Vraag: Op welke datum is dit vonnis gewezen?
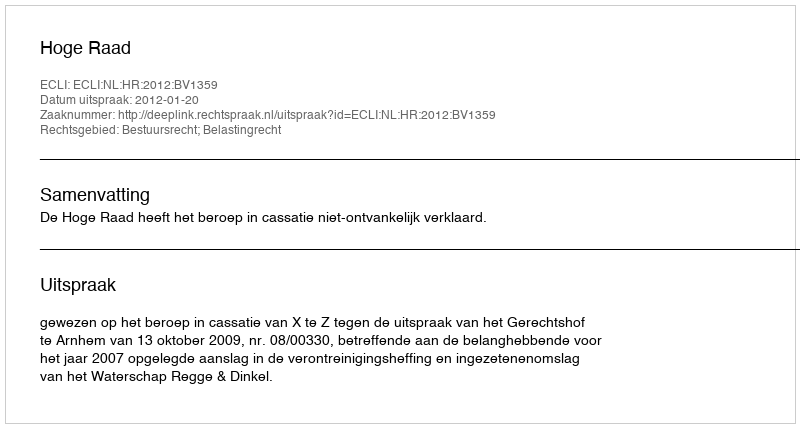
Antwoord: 2012-01-20